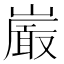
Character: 𭗕